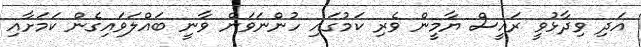
އަދި ވިދާޅުވީ ރައީސް ޔާމީން ވެރި ކަމުގައި ހުންނަވަން ވާނީ ބައްލަވައިގެން ކަމަށާއި